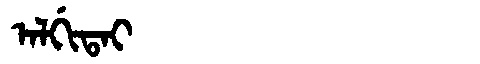
Manchu: ᠠᠯᡤᡳᡨᠠᡳ
Romanization: ALGITAI